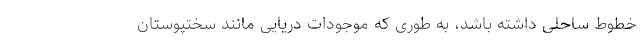
خطوط ساحلی داشته باشد، به طوری که موجودات دریایی مانند سختپوستان